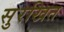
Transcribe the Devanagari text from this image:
सुरखित